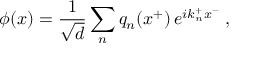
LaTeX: \phi \! \left( x \right) = { \frac { 1 } { \sqrt d } } \sum _ { n } q _ { n } ( x ^ { + } ) \, e ^ { i k _ { n } ^ { + } x ^ { - } } \; ,